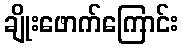
ချိုးဖောက်ကြောင်း